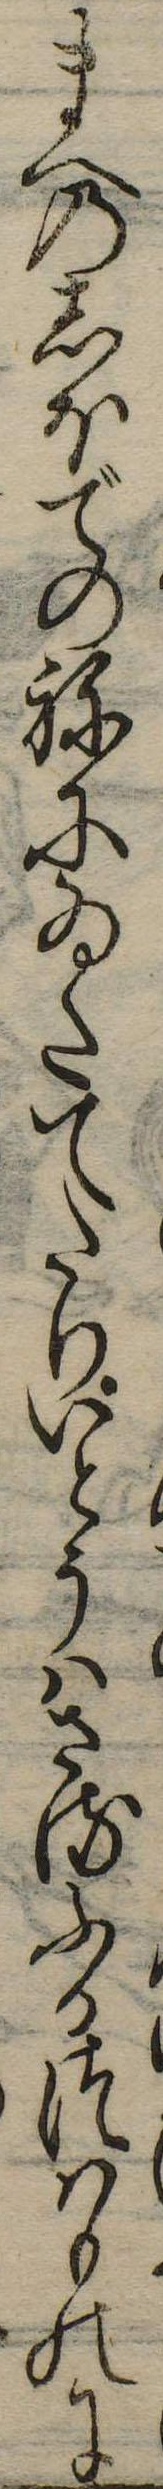
まへのしほでのねにゐたてたりいとうはさるふるつはものに